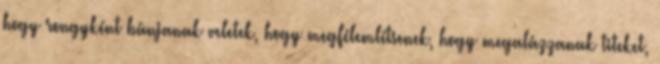
hogy rongyként bánjanak veletek, hogy megfélemlítsenek, hogy megalázzanak titeket,